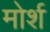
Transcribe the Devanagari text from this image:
मोर्श